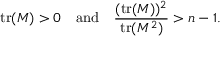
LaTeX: \operatorname { t r } ( M ) > 0 \quad \mathrm { a n d } \quad { \frac { ( \operatorname { t r } ( M ) ) ^ { 2 } } { \operatorname { t r } ( M ^ { 2 } ) } } > n - 1 .